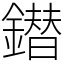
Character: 鐟